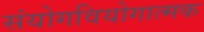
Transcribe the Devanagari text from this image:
संयोगवियोगात्मक